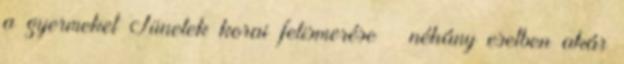
a gyermeket Tünetek korai felismerése – néhány esetben akár